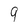
Character: 9